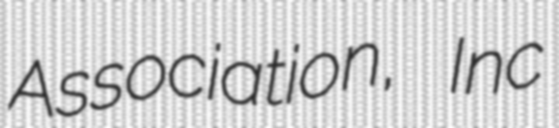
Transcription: Association, Inc